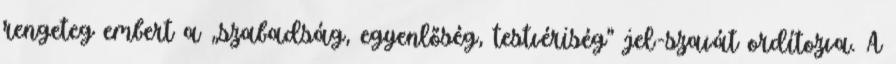
rengeteg embert a „szabadság, egyenlőség, testvériség” jel-szavát ordítozva. A